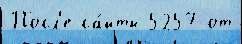
Посл'е са́йты 5257 от